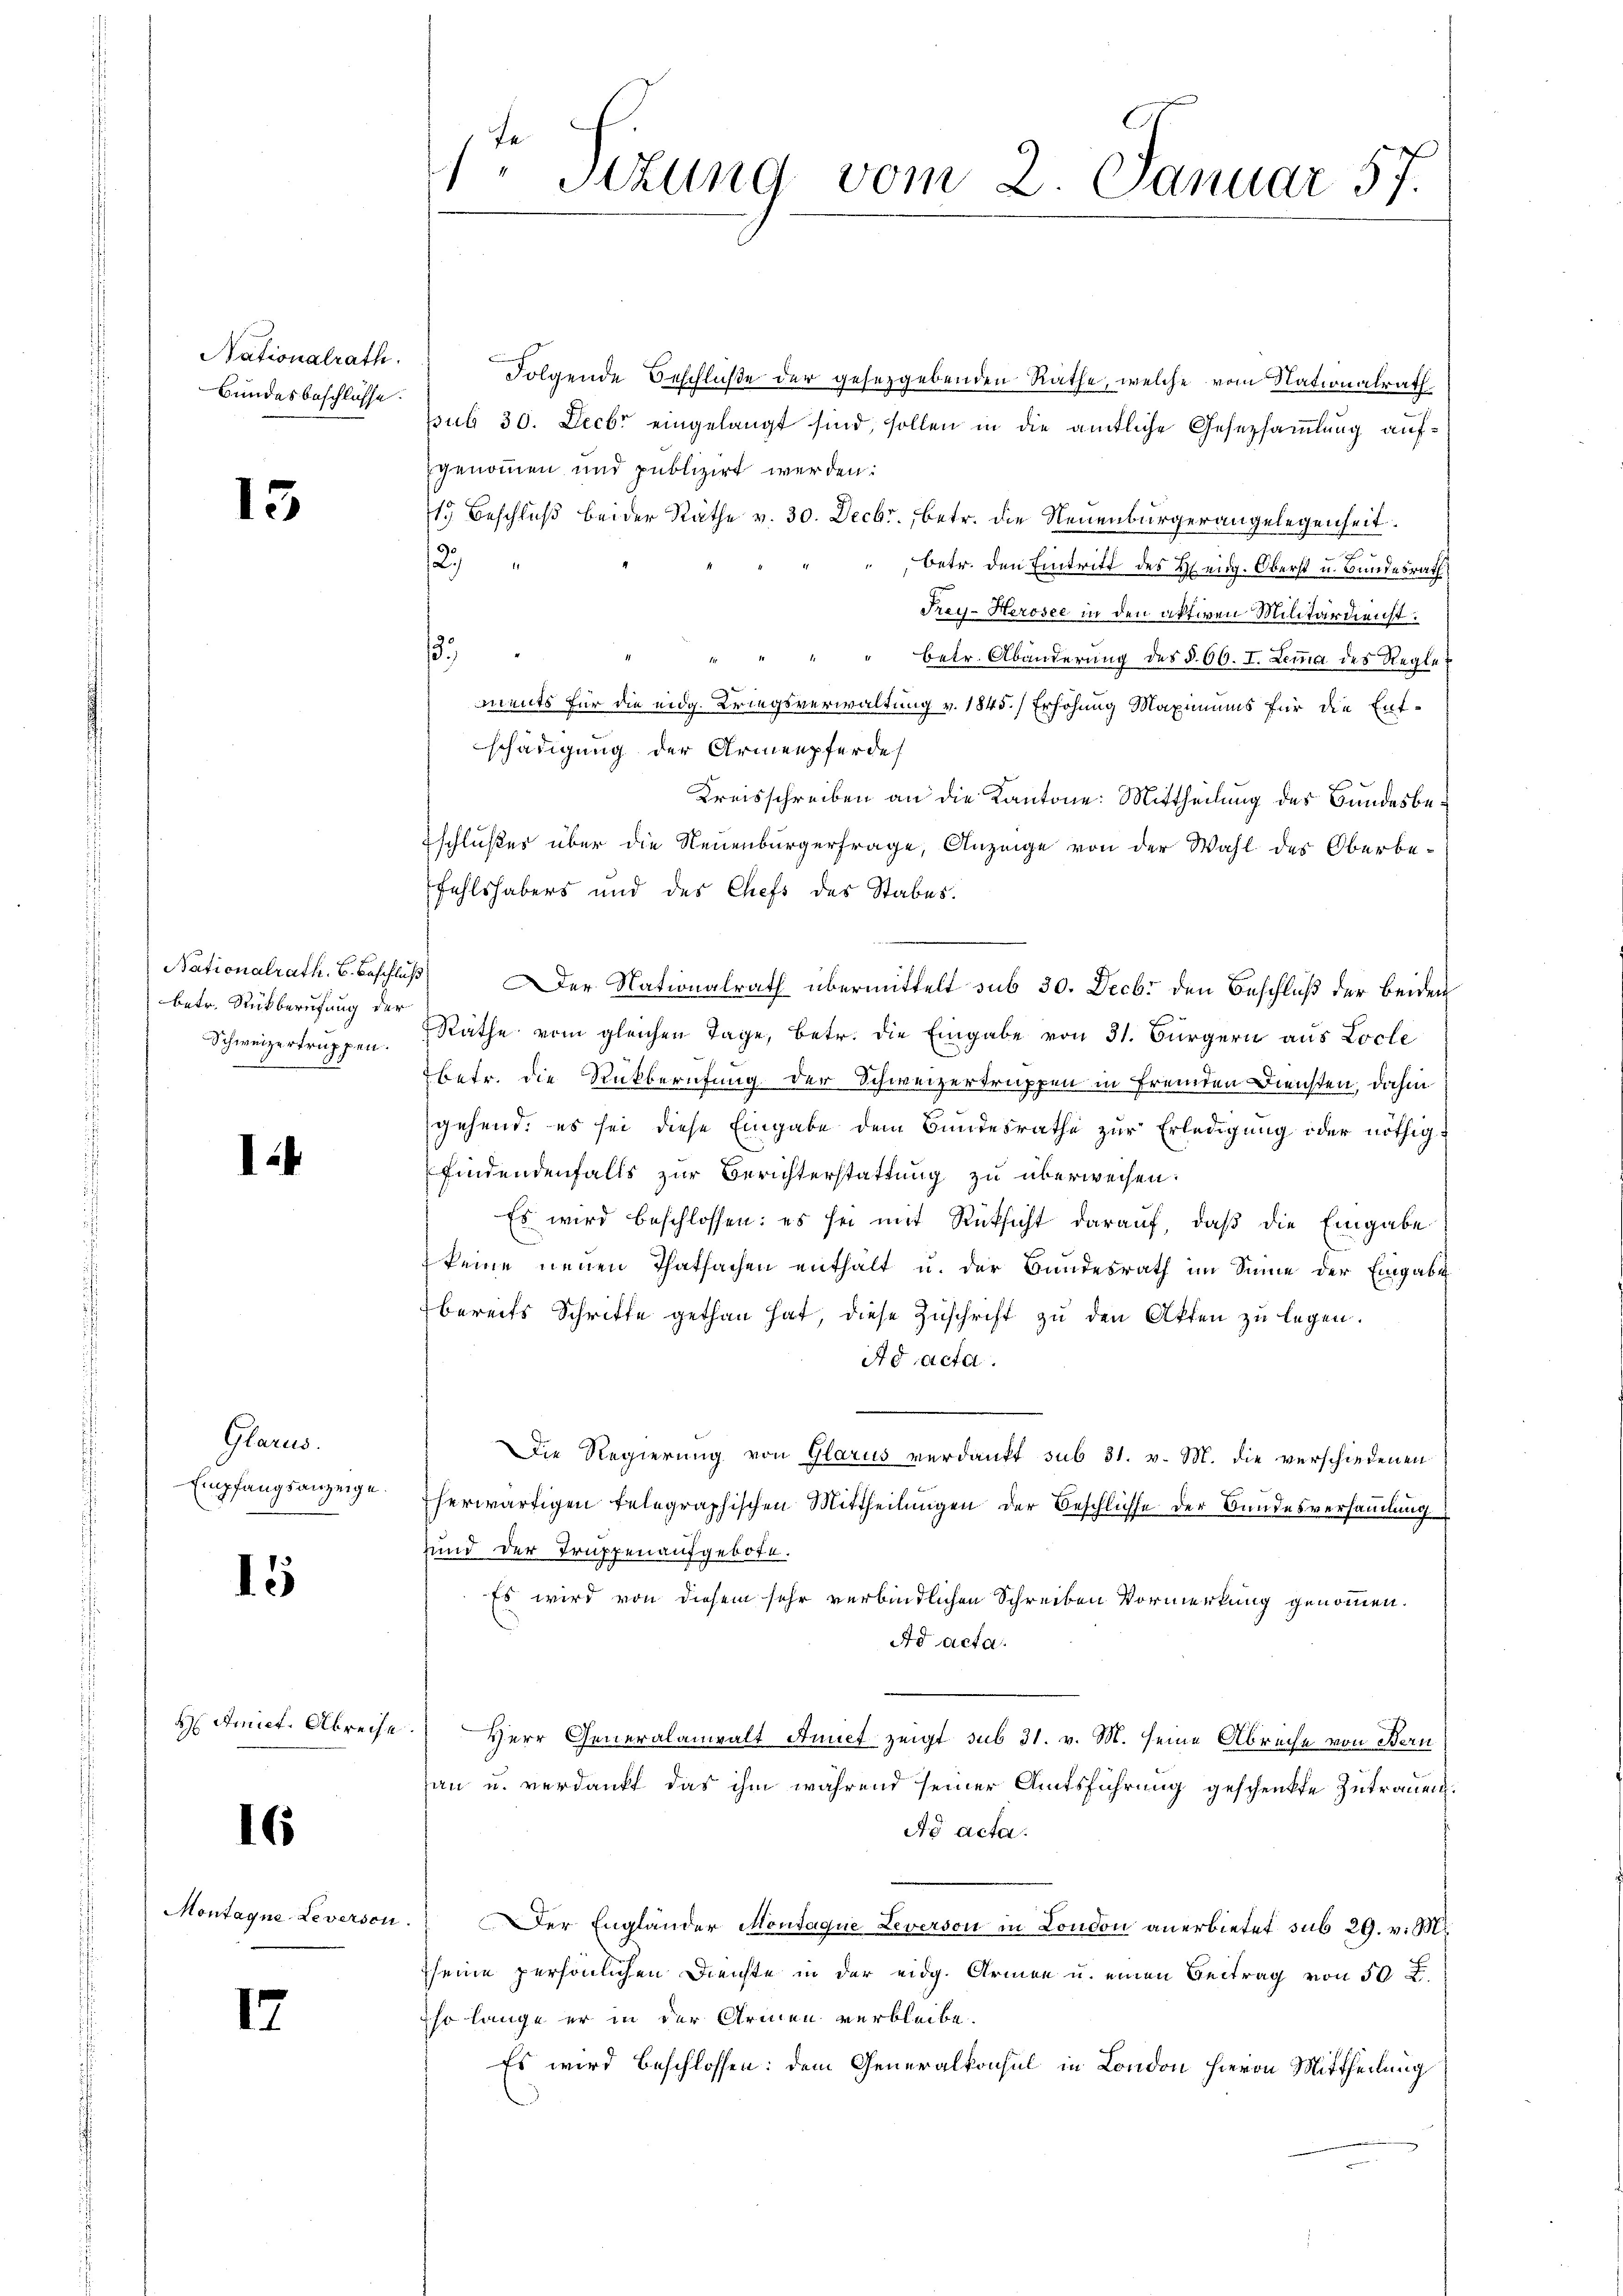
Nationalrath
Bundesbeschlüsse.

15

betr. Rückberufung der
Schweizertruppen.

2

Glarus.
Empfangsanzeige.

15

Amiet. Abreise.

16

Montagna Leverson

17

1te Sizung vom 2. Januar 57.

Folgende Beschluße der gesetzgebenden Rathe, welche vom Nationalrath
sub 30. Decbr eingelangt sind, sollen in die amtliche Gesetzsammlung aufgenommen und publizirt werden:
19 Beschluß bei der Räthe v. 30. Decbr., betr. die Neuenburgerangelegenheit.
29
betr. den Eintritt des Heidg. Oberst u. Bundesrath
Fray-Herosee in den aktiven Militärdienst.
.
1
" " " " betr. Abänderung des § 66. I. Lemma des Regle
ments für die eidg. Kriegsverwaltung v. 1845.) Erhöhung Maximums für die Entschädigung der Armenpferde
Kreisschreiben an die Kantone: Mittheilung des Bundesbeschlußes über die Neuenburgerfrage, Anzeige von der Wahl des Oberbefehlshabers und des Chefs des Stabes.
Nationalrath C. Beschluß) Der Nationalrath übermittelt sub 30. Decbr. den Beschluß der beiden
Räthe vom gleichen Tage, betr. die Eingabe von 31. Bürgern aus Locle
betr. die Rückberufung der Schweizertruppen in fremden Diensten, dahin
gehend: es sei diese Eingabe dem Bundesrathe zur Erledigung oder nöthigfindendenfalls zur Berichterstattung zu überweisen.
Es wird beschlossen: es sei mit Rücksicht darauf, daß die Eingabe
keine neuen Thatsachen enthält u. der Bundesrath im Sinne der Eingabe
bereits Schritte gethan hat, diese Zuschrift zu den Akten zu legen.
Ad acta.
DDie Regierung von Glarus verdankt sub 31. v. M. die verschiedenen
herwärtigen telegraphischen Mittheilungen der Beschlisse der Bundesversammlung
sund der Truppenaufgebote.
Es wird von diesem sehr verbindlichen Schreiben Vormerkung genommen.
Ad acta.
Herr Generalanwalt Annet zeigt sub 31. v. M. seine Abreche von Bern
san u. verdankt das ihm während seiner Amtsführung geschenkte Zutrauen.
Ao acta.
Der Engländer Montaque Leverson in London anerbietet sub 29. v. M.
seine persönlichen Dienste in der eidg. Armen u. einen Beitrag von 50 L.
so lange er in der Armen verbleibe.
Es wird beschlossen: dem Generalkonsul in London hieron Mittheilung